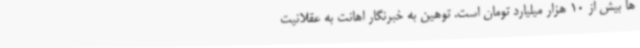
ها بیش از 10 هزار میلیارد تومان است. توهین به خبرنگار اهانت به عقلانیت